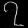
Digit: ၇